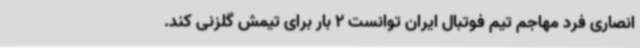
انصاری فرد مهاجم تیم فوتبال ایران توانست 2 بار برای تیمش گلزنی کند.